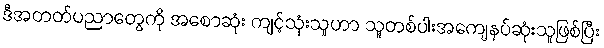
ဒီအတတ်ပညာတွေကို အစောဆုံး ကျင့်သုံးသူဟာ သူတစ်ပါးအကျေနပ်ဆုံးသူဖြစ်ပြီး